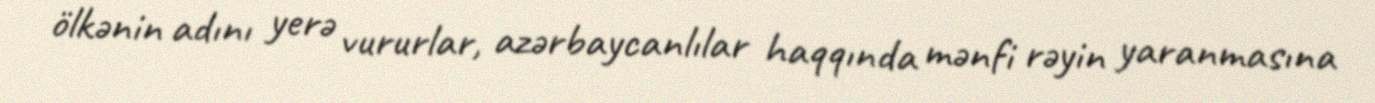
ölkənin adını yerə vururlar, azərbaycanlılar haqqında mənfi rəyin yaranmasına